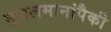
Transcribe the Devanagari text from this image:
मुसलमानांपैकी